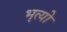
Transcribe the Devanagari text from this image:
भृत्यो